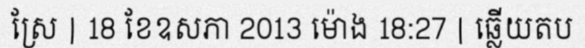
ស្រែ | 18 ខែឧសភា 2013 ម៉ោង 18:27 | ឆ្លើយតប